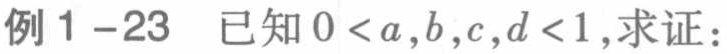
例1 - 23 已知\(0 < a,b,c,d < 1\)，求证：